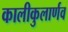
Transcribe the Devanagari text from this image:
कालीकुलार्णव